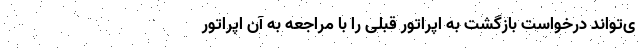
ی‌تواند درخواست بازگشت به اپراتور قبلی را با مراجعه به آن اپراتور